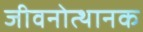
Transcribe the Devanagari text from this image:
जीवनोत्थानक